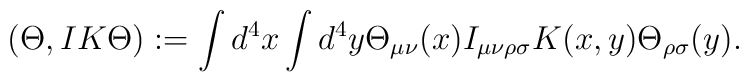
(\Theta, I K \Theta):= \int d^4x \int d^4y \Theta_{\mu\nu}(x) I_{\mu\nu\rho\sigma} K(x,y) \Theta_{\rho\sigma}(y) .